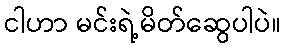
ငါဟာ မင်းရဲ့မိတ်ဆွေပါပဲ။